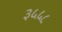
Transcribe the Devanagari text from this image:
३५५८